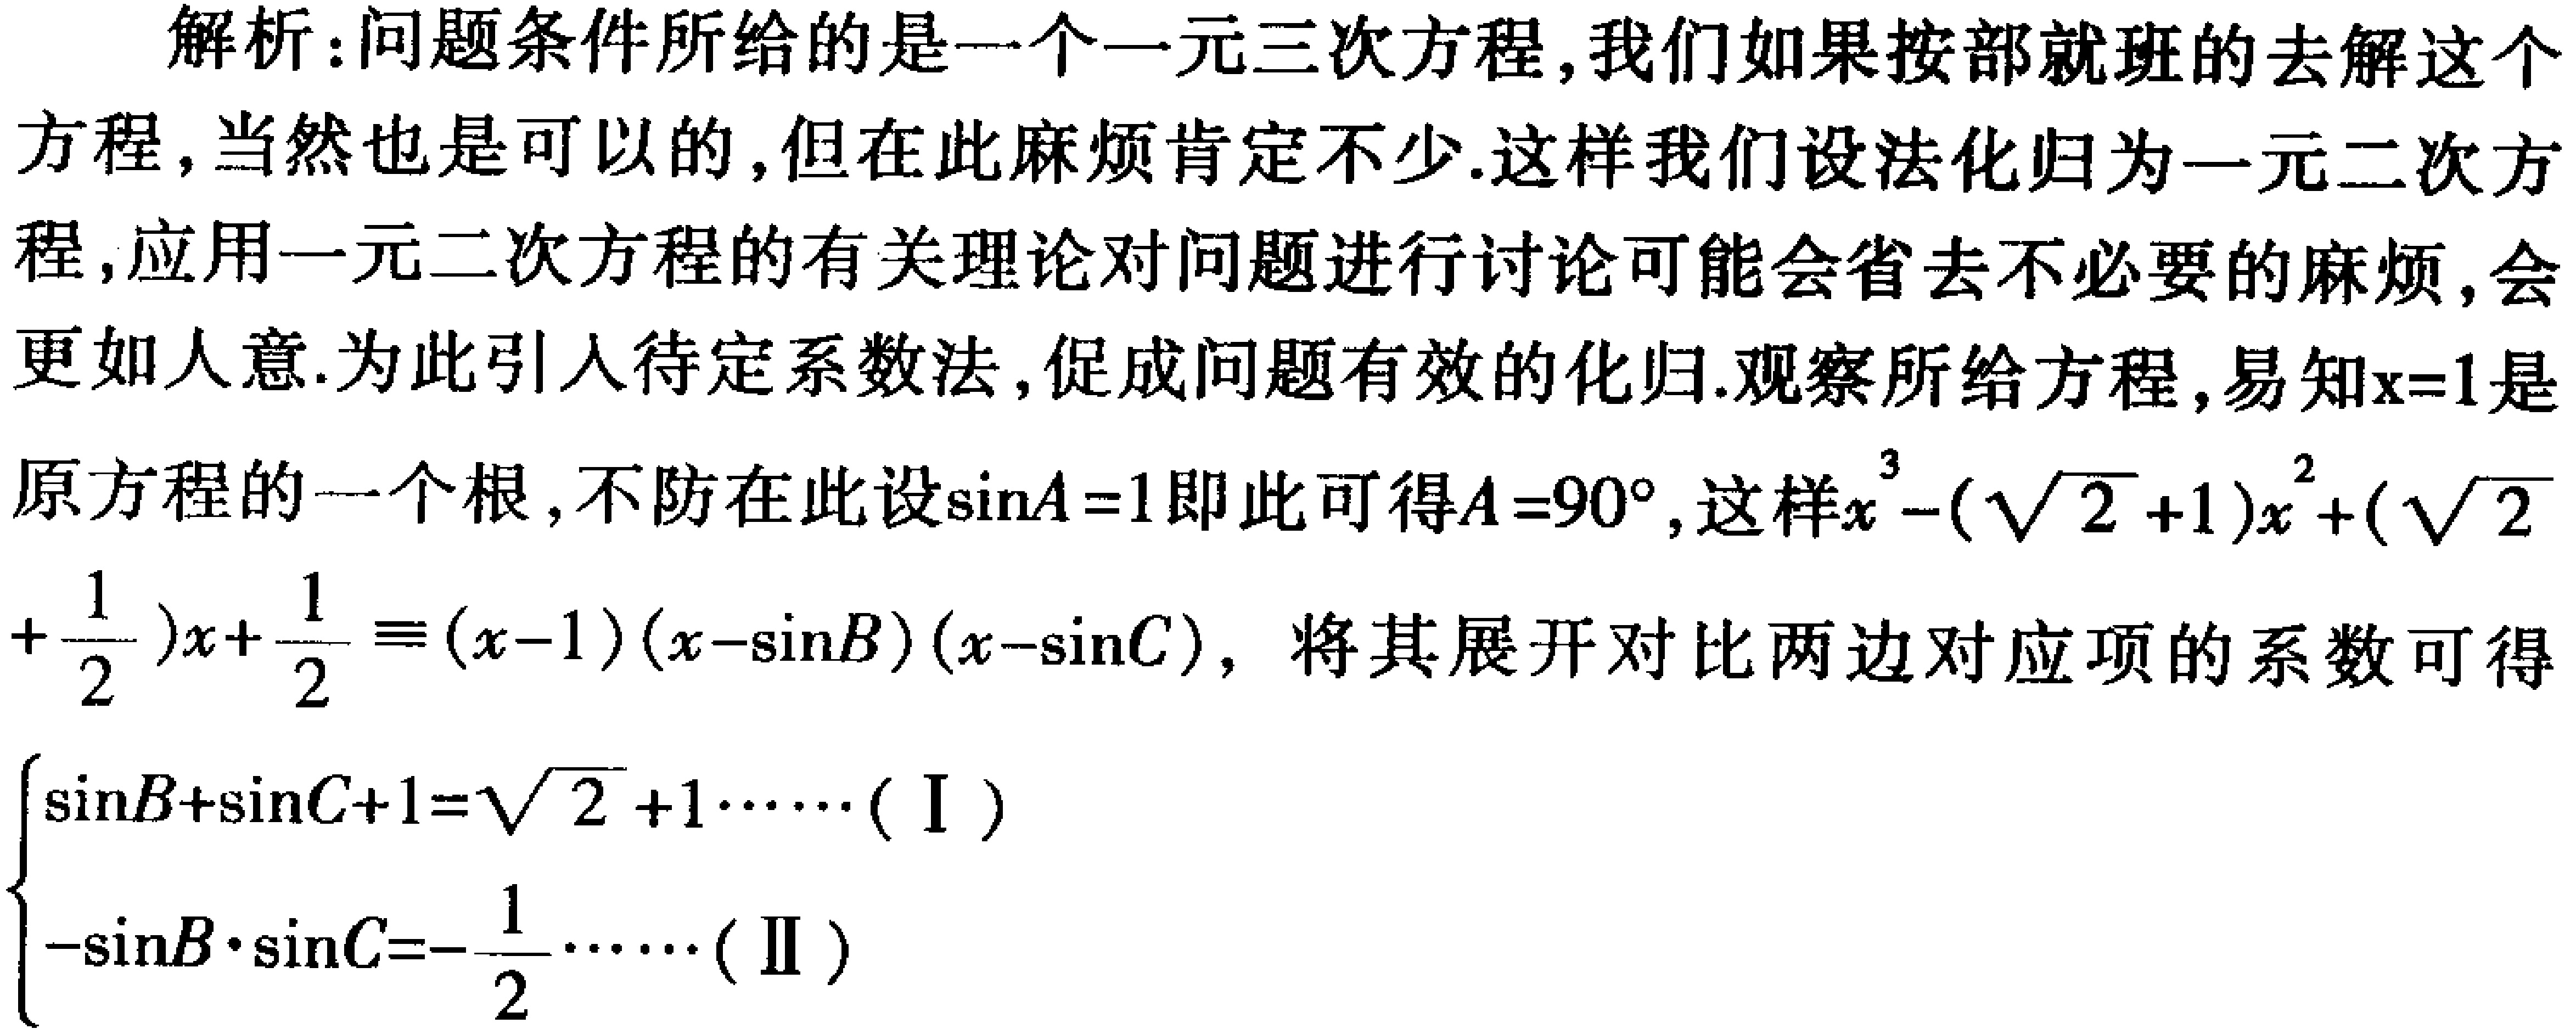
解析：问题条件所给的是一个一元三次方程,我们如果按部就班的去解这个方程,当然也是可以的,但在此麻烦肯定不少.这样我们设法化归为一元二次方程,应用一元二次方程的有关理论对问题进行讨论可能会省去不必要的麻烦,会更如人意.为此引人待定系数法,促成问题有效的化归.观察所给方程,易知\(x = 1\)是原方程的一个根,不防在此设\(\sin A = 1\)即此可得\(A = 90^{\circ}\),这样\(x^{3}-(\sqrt{2}+1)x^{2}+(\sqrt{2}+\frac{1}{2})x+\frac{1}{2}\equiv(x - 1)(x-\sin B)(x-\sin C)\), 将其展开对比两边对应项的系数可得

\(\begin{cases}

\sin B+\sin C + 1=\sqrt{2}+1\cdots\cdots(\text{I})\\

-\sin B\cdot\sin C=-\frac{1}{2}\cdots\cdots(\text{II})

\end{cases}\)